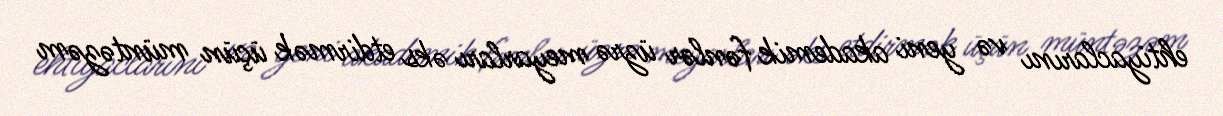
ehtiyaclarını və yeni akademik fənlər üzrə meyarları əks etdirmək üçün müntəzəm